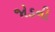
જોડની